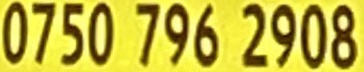
0750 796 2908